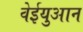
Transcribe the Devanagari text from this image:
वेईयुआन